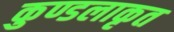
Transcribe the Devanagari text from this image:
कुण्डलाकृत